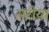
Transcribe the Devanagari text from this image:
सरीया